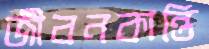
জীবনকান্তি